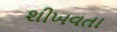
શીખવતા